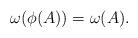
LaTeX: \begin{align*}\omega(\phi(A))=\omega(A).\end{align*}